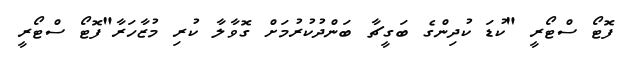
ފޮޓޯ ސްޓޯރީ "ކުޑަ ކުދިންގެ ބަގީޗާ ބަންދުކުރުމަށް ގޮވާލާ ކުރި މުޒާހަރާ"ފޮޓޯ ސްޓޯރީ